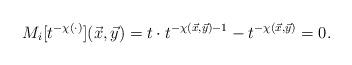
LaTeX: \begin{align*}M_i[t^{-\chi(\cdot)}](\vec{x},\vec{y})=t\cdot t^{-\chi(\vec{x},\vec{y})-1}-t^{-\chi(\vec{x},\vec{y})}=0.\end{align*}